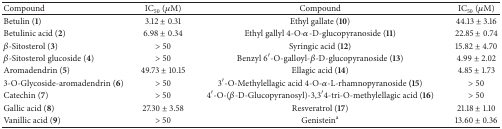
<table><thead><tr><td><b>Compound</b></td><td><b>IC<sub>50</sub> (<i>μ</i>M)</b></td><td><b>Compound</b></td><td><b>IC<sub>50</sub> (<i>μ</i>M)</b></td></tr></thead><tbody><tr><td>Betulin (<b>1</b>)</td><td>3.12 ± 0.31</td><td>Ethyl gallate (<b>10</b>)</td><td>44.13 ± 3.16</td></tr><tr><td>Betulinic acid (<b>2</b>)</td><td>6.98 ± 0.34</td><td>Ethyl gallyl 4-O-<i>α</i>-D-glucopyranoside (<b>11</b>)</td><td>22.85 ± 0.74</td></tr><tr><td><i>β</i>-Sitosterol (<b>3</b>)</td><td>&gt; 50</td><td>Syringic acid (<b>12</b>)</td><td>15.82 ± 4.70</td></tr><tr><td><i>β</i>-Sitosterol glucoside (<b>4</b>)</td><td>&gt; 50</td><td>Benzyl 6′-O-galloyl-<i>β</i>-D-glucopyranoside (<b>13</b>)</td><td>4.99 ± 2.02</td></tr><tr><td>Aromadendrin (<b>5</b>)</td><td>49.73 ± 10.15</td><td>Ellagic acid (<b>14</b>)</td><td>4.85 ± 1.73</td></tr><tr><td>3-O-Glycoside-aromadendrin (<b>6</b>)</td><td>&gt; 50</td><td>3′-O-Methylellagic acid 4-O-<i>α</i>-L-rhamnopyranoside<b> (15</b>)</td><td>&gt; 50</td></tr><tr><td>Catechin (<b>7</b>)</td><td>&gt; 50</td><td>4′-O-(<i>β</i>-D-Glucopyranosyl)-3,3′4-tri-O-methylellagic acid (<b>16</b>)</td><td>&gt; 50</td></tr><tr><td>Gallic acid (<b>8</b>)</td><td>27.30 ± 3.58</td><td>Resveratrol (<b>17</b>)</td><td>21.18 ± 1.10</td></tr><tr><td>Vanillic acid (<b>9</b>)</td><td>&gt; 50</td><td>Genistein<sup>a</sup></td><td>13.60 ± 0.36</td></tr></tbody></table>